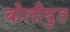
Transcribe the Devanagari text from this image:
बोलीयुत